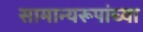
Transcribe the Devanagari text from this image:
सामान्यरूपांच्या